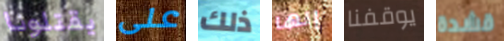
يقتلونا على ذلك إنها يوقفنا قشدة